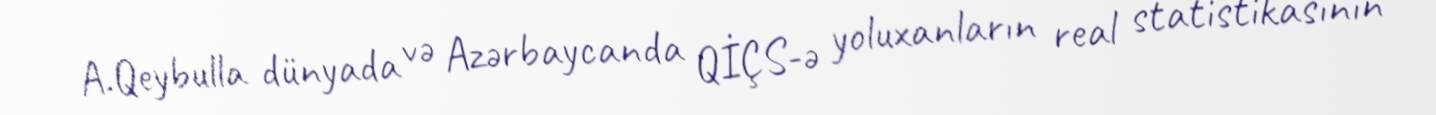
A.Qeybulla dünyada və Azərbaycanda QİÇS-ə yoluxanların real statistikasının